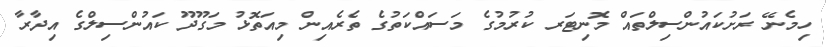
ހިމެނޭ ރަށުކައުންސިލްތައް މޮނިޓަރ ކުރުމުގެ މަސައްކަތުގެ ތެރެއިން މިއަތޮޅު މަގޫދޫ ކައުންސިލްގެ އިދާރާ